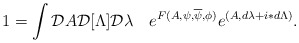
\begin{align*}1=\int {\cal D}A {\cal D}[\Lambda]{\cal D}\lambda\quad e^{F(A,\psi,\overline\psi,\phi)}e^{(A,d\lambda+i\ast d\Lambda)}.\end{align*}